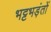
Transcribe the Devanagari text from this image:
भट्टभड़ंतों